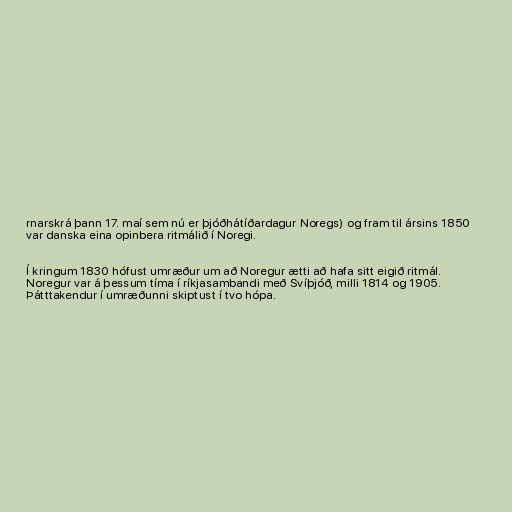
rnarskrá þann 17. maí sem nú er þjóðhátíðardagur Noregs) og fram til ársins 1850
var danska eina opinbera ritmálið í Noregi.

Í kringum 1830 hófust umræður um að Noregur ætti að hafa sitt eigið ritmál.
Noregur var á þessum tíma í ríkjasambandi með Svíþjóð, milli 1814 og 1905.
Þátttakendur í umræðunni skiptust í tvo hópa.